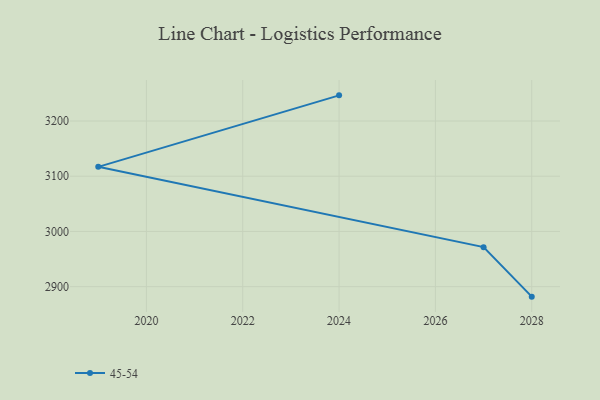
{"axis": {"x": "Year", "y": "Bounce Rate (%)"}, "legend": ["45-54"], "data": [{"x": "2028", "y": 2881.9, "type": "45-54"}, {"x": "2027", "y": 2971.6, "type": "45-54"}, {"x": "2019", "y": 3117.0, "type": "45-54"}, {"x": "2024", "y": 3246.5, "type": "45-54"}]}